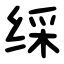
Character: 䌽